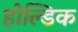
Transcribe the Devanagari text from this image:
होल्डिक